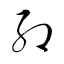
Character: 約